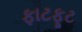
ફાટફૂટ